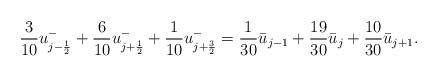
LaTeX: \begin{align*} \frac{3}{10}u_{j-\frac{1}{2}}^{-}+\frac{6}{10}u_{j+\frac{1}{2}}^{-}+\frac{1}{10}u_{j+\frac{3}{2}}^{-} =\frac{1}{30}\bar{u}_{j-1}+\frac{19}{30}\bar{u}_{j}+\frac{10}{30}\bar{u}_{j+1}.\end{align*}